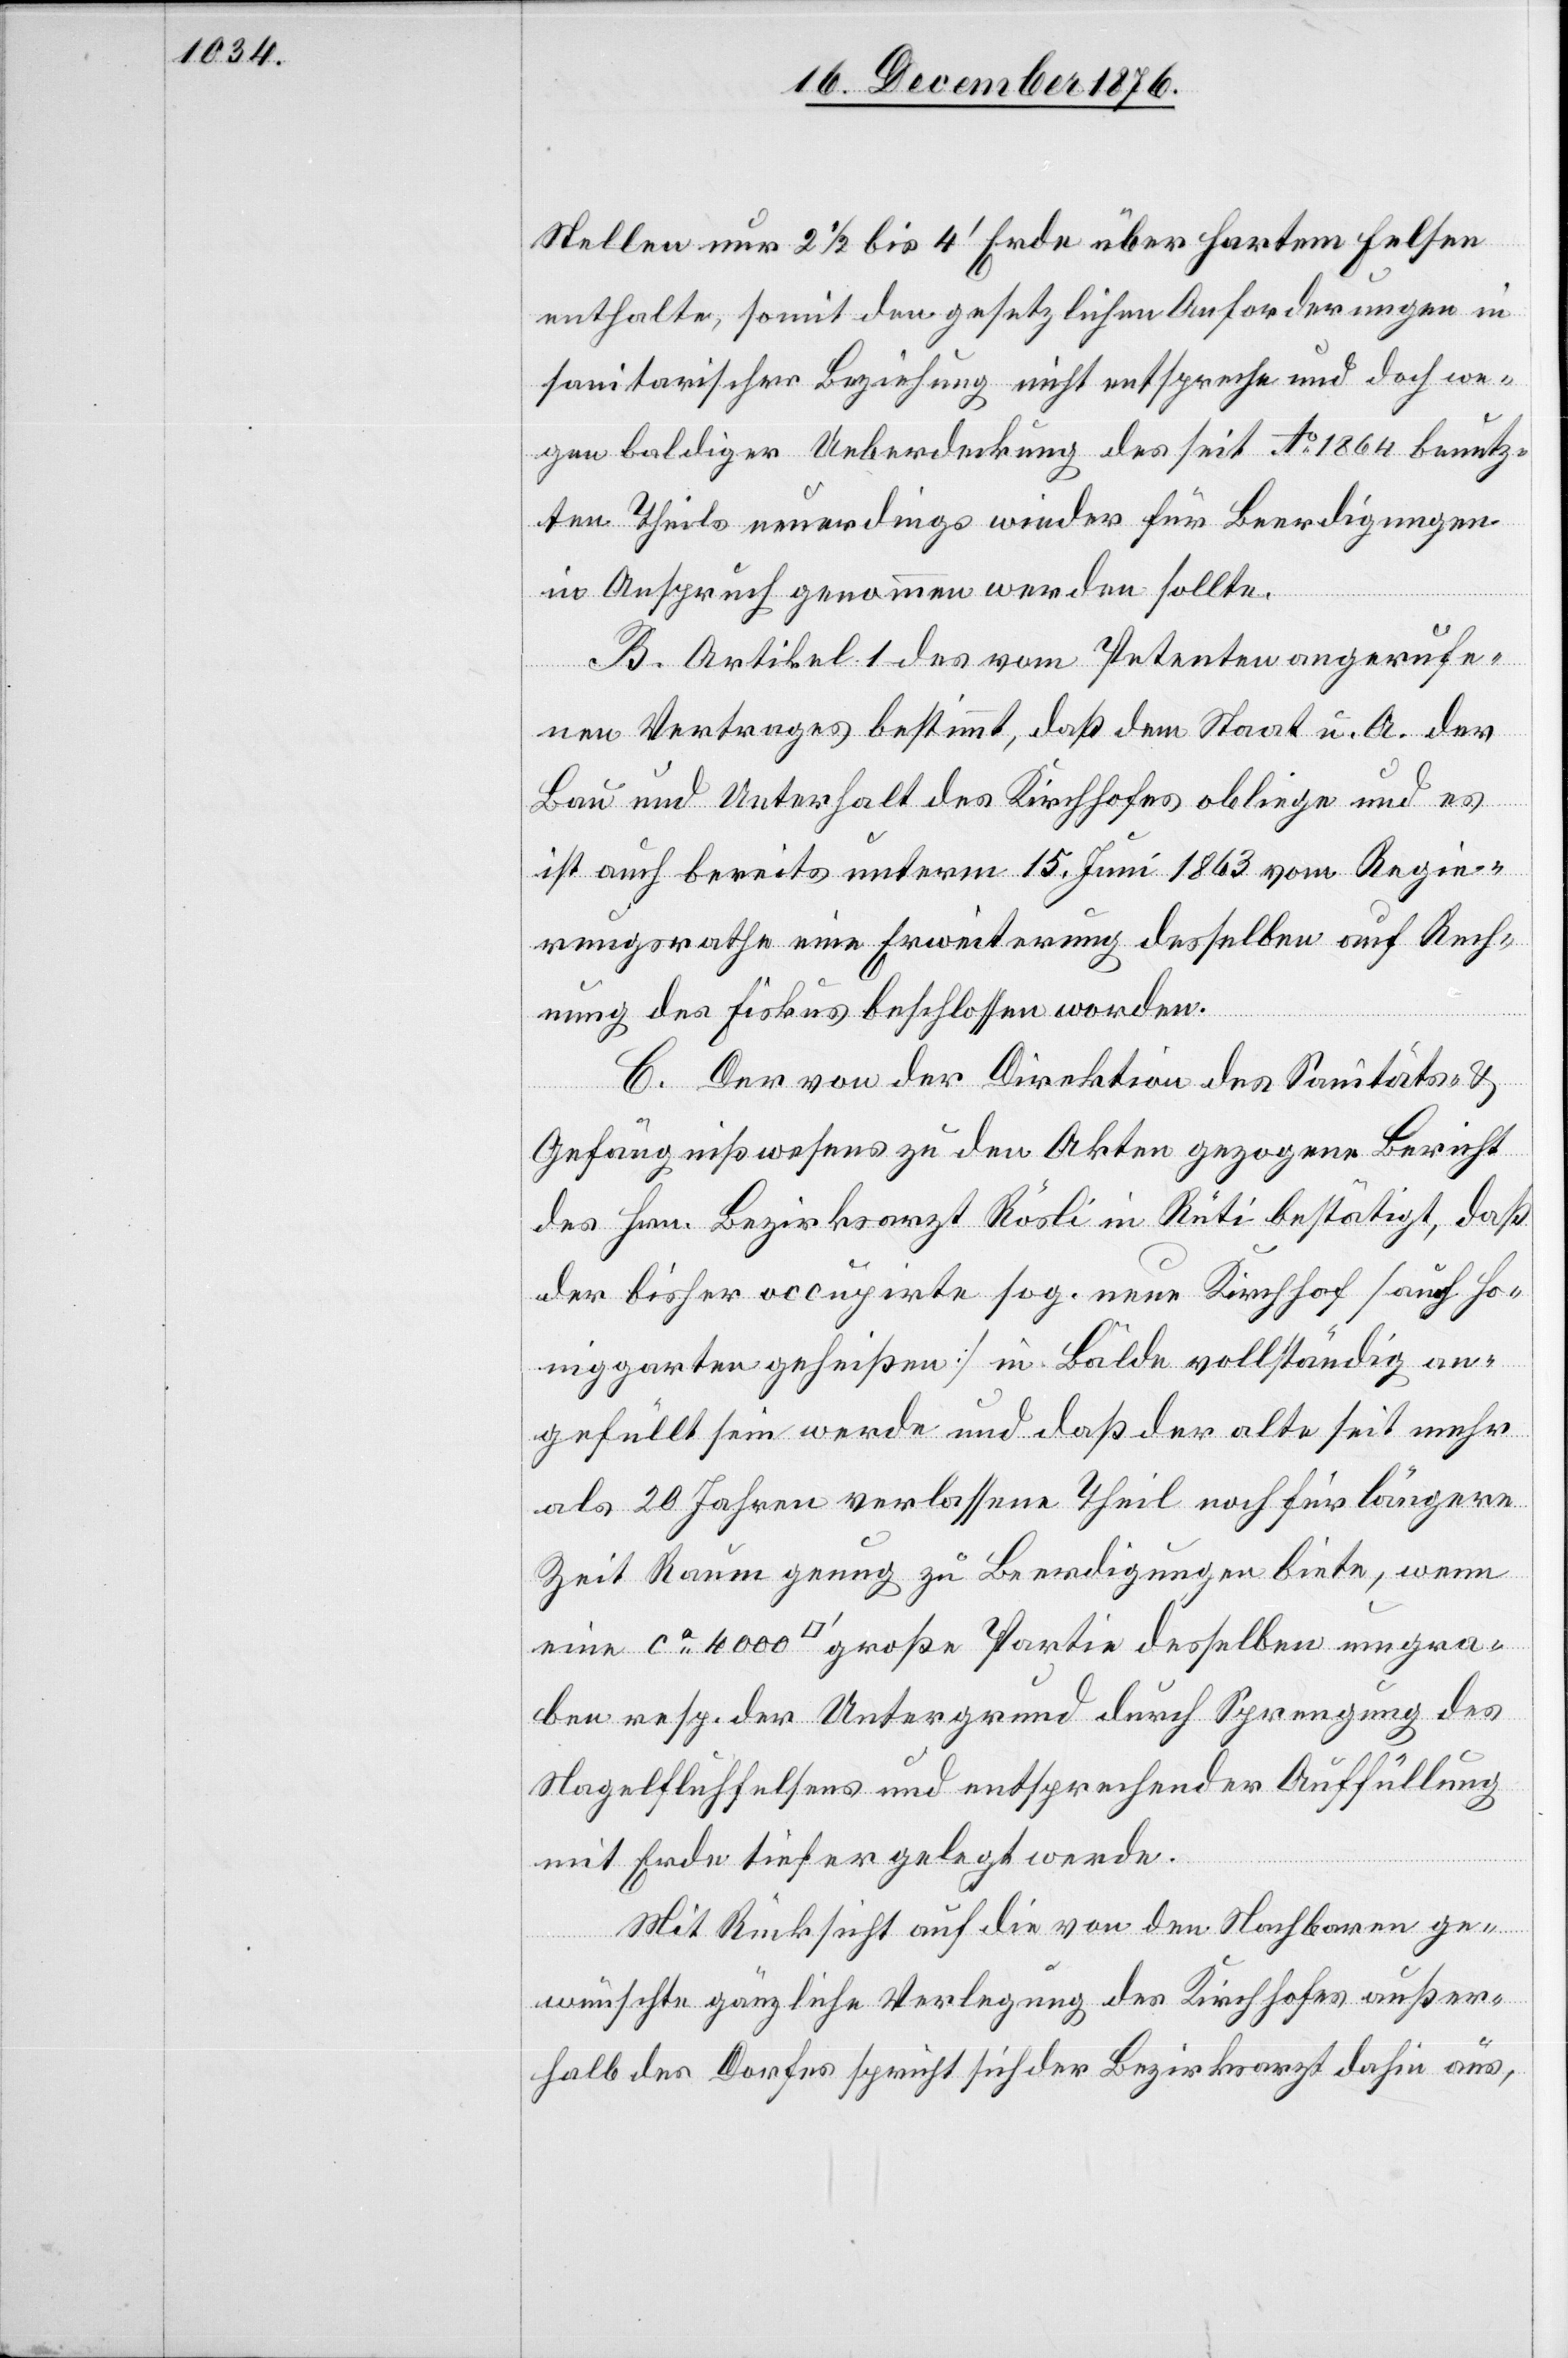
Stellen nur 2 1/2 bis 4‘ Erde über hartem Felsen
enthalte, somit den gesetzlichen Anforderungen in
sanitarischer Beziehung nicht entspreche und doch we¬
gen baldiger Ueberdeckung des seit Ao 1864 benütz¬
ten Theils neuerdings wieder für Beerdigungen
in Anspruch genommen werden sollte.
B. Artikel 1 des vom Petenten angerufe¬
nen Vertrages bestimmt, daß dem Staat u. A. der
Bau und Unterhalt des Kirchhofes obliege und es
ist auch bereits unterm 15. Juni 1863 vom Regie¬
rungsrathe eine Erweiterung desselben auf Rech¬
nung des Fiskus beschlossen worden.
C. Der von der Direktion des Sanitäts- &
Gefängnißwesens zu den Akten gezogene Bericht
des Hrn. Bezirksarzt Rösli in Rüti bestätigt, daß
der bisher accupirte sog. neue Kirchhof [auch Ho¬
niggarten geheißen] in Bälde vollständig an¬
gefüllt sein werde und daß der alte seit mehr
als 20 Jahren verlassene Theil noch für längere
Zeit Raum genug zu Beerdigungen biete, wenn
umgraben resp. der Untergrund durch Sprengung des
Nagelfluhfelsens und entsprechender Auffüllung
mit Erde tiefer gelegt werde.
Mit Rücksicht auf die von den Nachbaren ge¬
wünschte gänzliche Verlegung des Kirchhofes außer¬
halb des Dorfes spricht sich der Bezirksrath dahin aus,